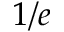
1 / e